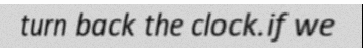
turn back the clock.if we